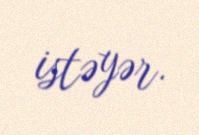
istəyər.